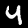
Digit: 4